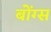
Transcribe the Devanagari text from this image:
बोंग्स